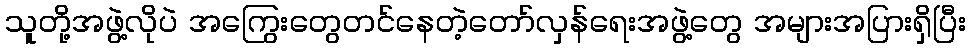
သူတို့အဖွဲ့လိုပဲ အကြွေးတွေတင်နေတဲ့တော်လှန်ရေးအဖွဲ့တွေ အများအပြားရှိပြီး